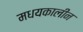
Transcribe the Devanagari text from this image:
मधयकालीन